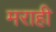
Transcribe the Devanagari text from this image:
मराही